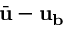
\bar { \mathbf { u } } - \mathbf { u _ { \mathbf { b } } }